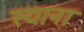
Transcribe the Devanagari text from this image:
स्याना